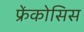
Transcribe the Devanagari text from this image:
फ्रेंकोसिस